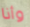
وأنا